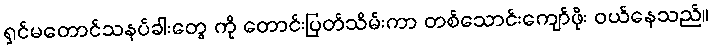
ရှင်မတောင်သနပ်ခါးတွေ ကို တောင်းပြတ်သိမ်းကာ တစ်သောင်းကျော်ဖိုး ဝယ်နေသည်။